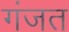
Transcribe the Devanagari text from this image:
गंजत